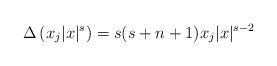
LaTeX: \begin{align*}\Delta \left(x_{j}|x|^{s}\right)=s(s+n+1)x_{j}|x|^{s-2}\end{align*}